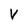
Character: v